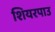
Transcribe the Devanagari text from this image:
शियरपाउ